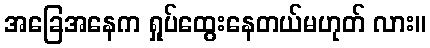
အခြေအနေက ရှုပ်ထွေးနေတယ်မဟုတ် လား။